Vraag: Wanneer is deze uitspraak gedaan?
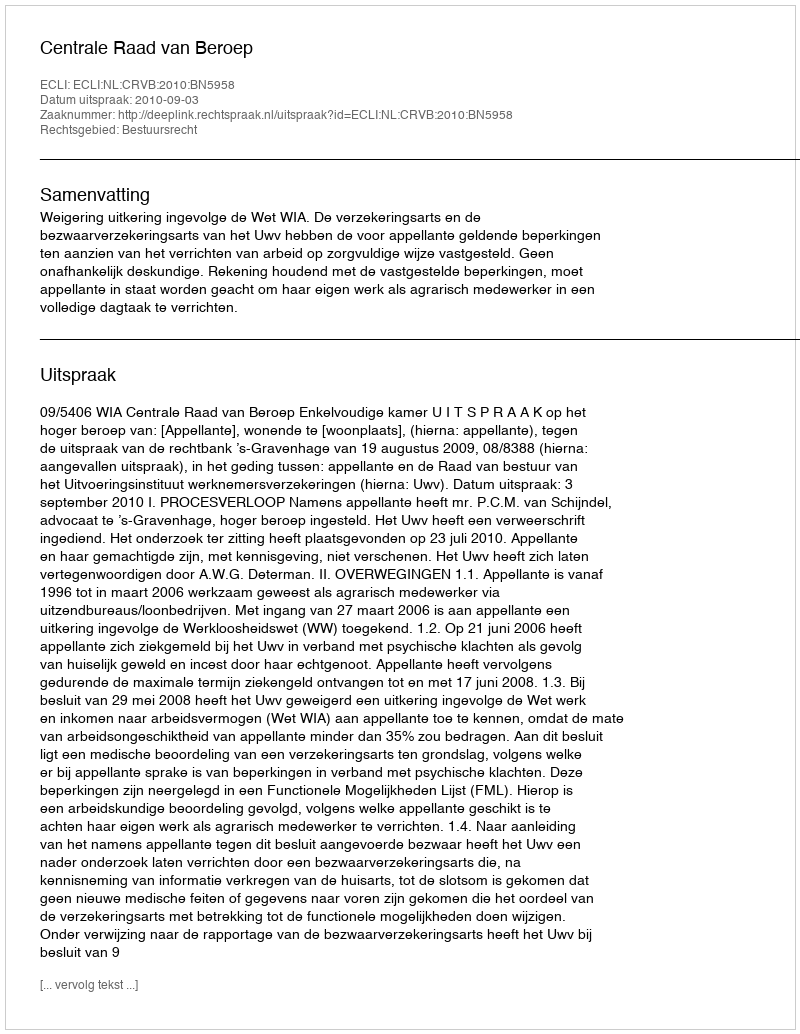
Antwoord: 2010-09-03